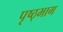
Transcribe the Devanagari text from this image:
पृष्ठ्भाग